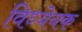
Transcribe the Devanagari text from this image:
विध्येयक